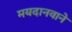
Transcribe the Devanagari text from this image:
मयदानवाने